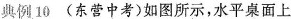
典例10 (东营中考) 如图所示，水平桌面上